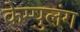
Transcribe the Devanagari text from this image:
केम्पुलंग